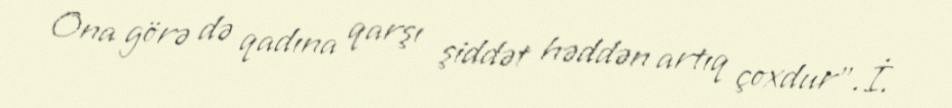
Ona görə də qadına qarşı şiddət həddən artıq çoxdur”.İ.